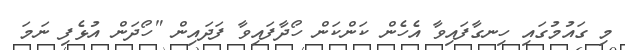
މި ގައުމުގައި ހިނގާފައިވާ އެހެން ކަންކަން ހޯދާފައިވާ ފަދައިން "ހޯދަން އުޅެފި ނަމަ